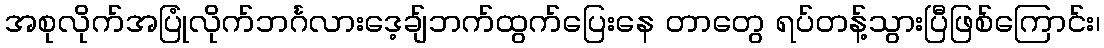
အစုလိုက်အပြုံလိုက်ဘင်္ဂလားဒေ့ချ်ဘက်ထွက်ပြေးနေ တာတွေ ရပ်တန့်သွားပြီဖြစ်ကြောင်း၊